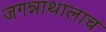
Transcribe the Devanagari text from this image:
जगन्नाथालाच